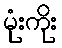
မုံးကိုး